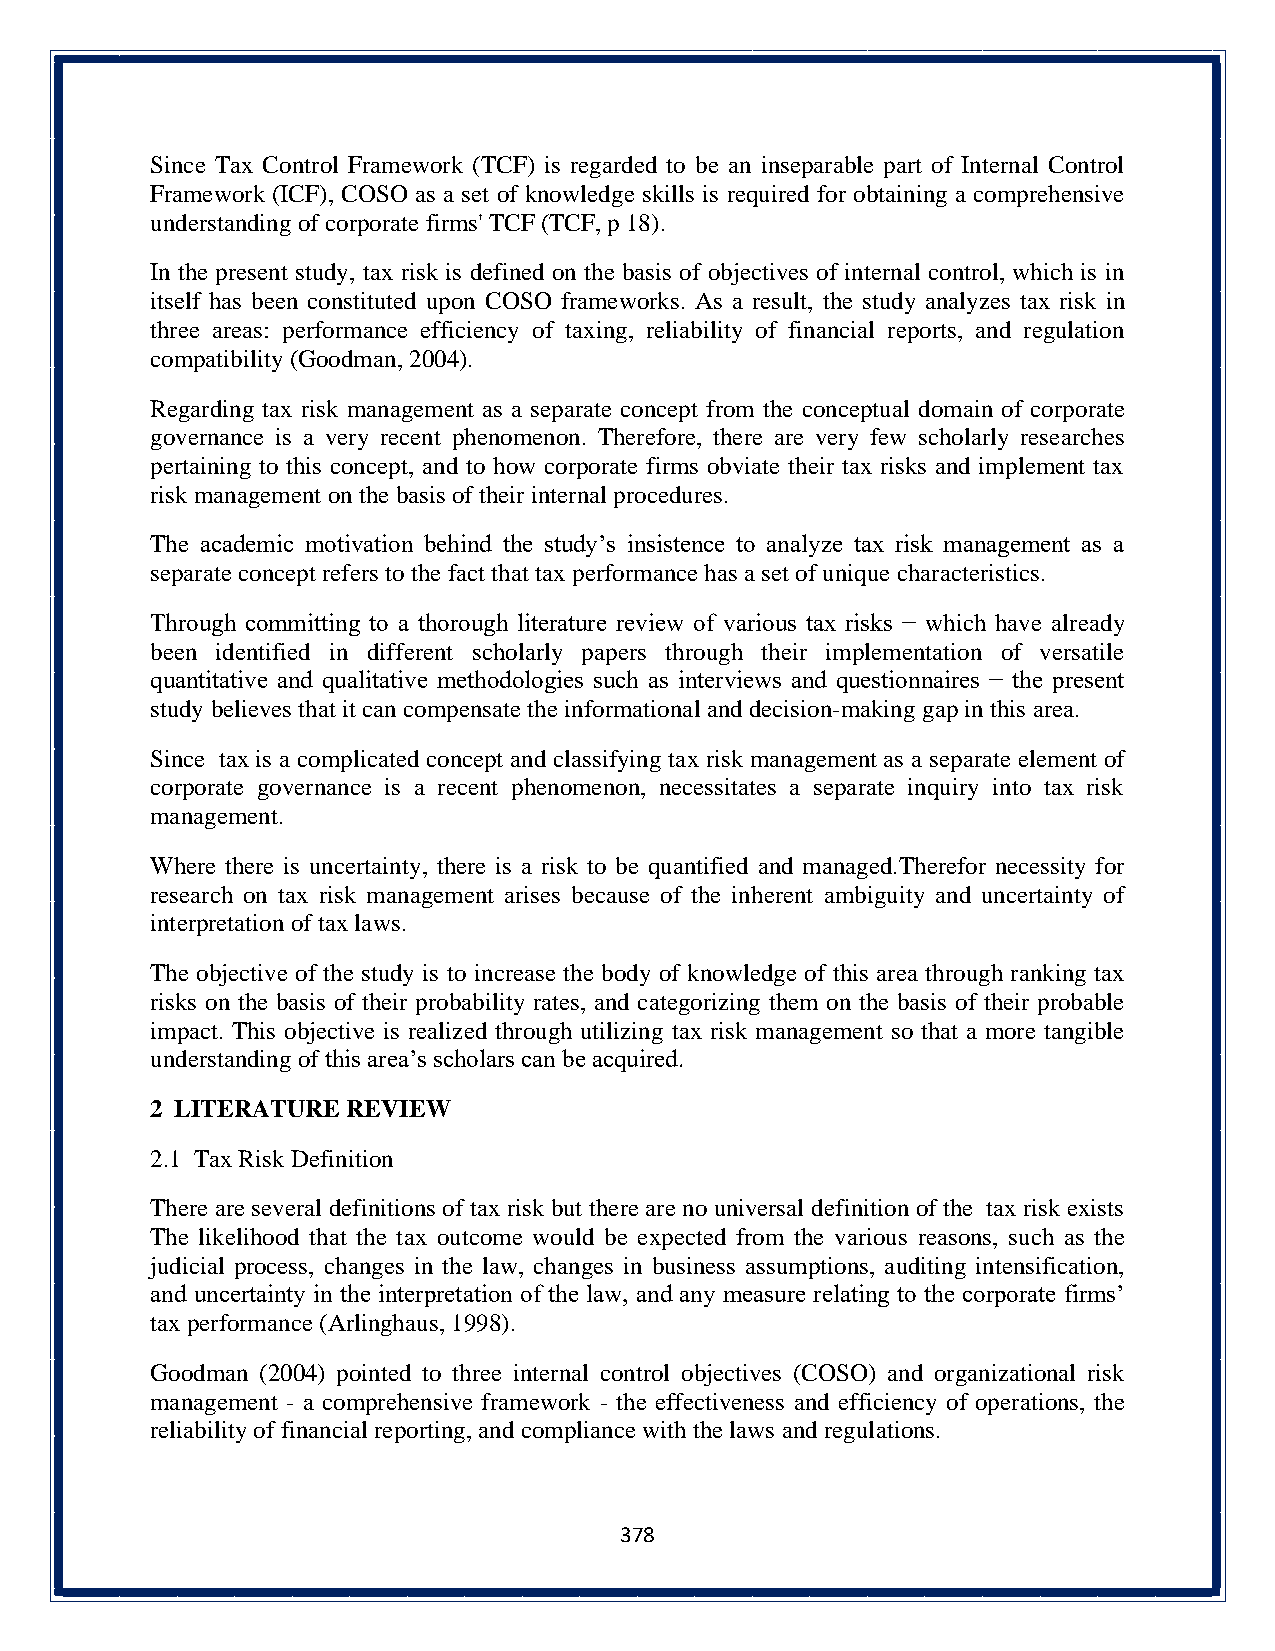
Since Tax Control Framework (TCF) is regarded to be an inseparable part of Internal Control
 Framework (ICF), COSO as a set of knowledge skills is required for obtaining a comprehensive
 understanding of corporate firms' TCF (TCF, p 18).
 In the present study, tax risk is defined on the basis of objectives of internal control, which is in
 itself has been constituted upon COSO frameworks. As a result, the study analyzes tax risk in
 three areas: performance efficiency of taxing, reliability of financial reports, and regulation
 compatibility (Goodman, 2004).
 Regarding tax risk management as a separate concept from the conceptual domain of corporate
 governance is a very recent phenomenon. Therefore, there are very few scholarly researches
 pertaining to this concept, and to how corporate firms obviate their tax risks and implement tax
 risk management on the basis of their internal procedures.
 The academic motivation behind the study’s insistence to analyze tax risk management as a
 separate concept refers to the fact that tax performance has a set of unique characteristics.
 Through committing to a thorough literature review of various tax risks − which have already
 been identified in different scholarly papers through their implementation of versatile
 quantitative and qualitative methodologies such as interviews and questionnaires − the present
 study believes that it can compensate the informational and decision-making gap in this area.
 Since tax is a complicated concept and classifying tax risk management as a separate element of
 corporate governance is a recent phenomenon, necessitates a separate inquiry into tax risk
 management.
 Where there is uncertainty, there is a risk to be quantified and managed.Therefor necessity for
 research on tax risk management arises because of the inherent ambiguity and uncertainty of
 interpretation of tax laws.
 The objective of the study is to increase the body of knowledge of this area through ranking tax
 risks on the basis of their probability rates, and categorizing them on the basis of their probable
 impact. This objective is realized through utilizing tax risk management so that a more tangible
 understanding of this area’s scholars can be acquired.
 2 LITERATURE REVIEW
 2.1 Tax Risk Definition
 There are several definitions of tax risk but there are no universal definition of the tax risk exists
 The likelihood that the tax outcome would be expected from the various reasons, such as the
 judicial process, changes in the law, changes in business assumptions, auditing intensification,
 and uncertainty in the interpretation of the law, and any measure relating to the corporate firms’
 tax performance (Arlinghaus, 1998).
 Goodman (2004) pointed to three internal control objectives (COSO) and organizational risk
 management - a comprehensive framework - the effectiveness and efficiency of operations, the
 reliability of financial reporting, and compliance with the laws and regulations.
 378